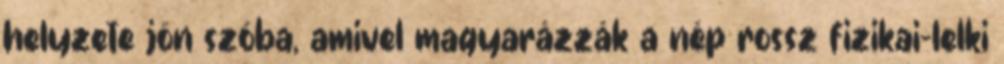
helyzete jön szóba, amivel magyarázzák a nép rossz fizikai-lelki